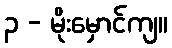
၃ - မိုးမှောင်ကျ။